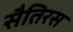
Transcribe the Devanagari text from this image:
सैतिरस